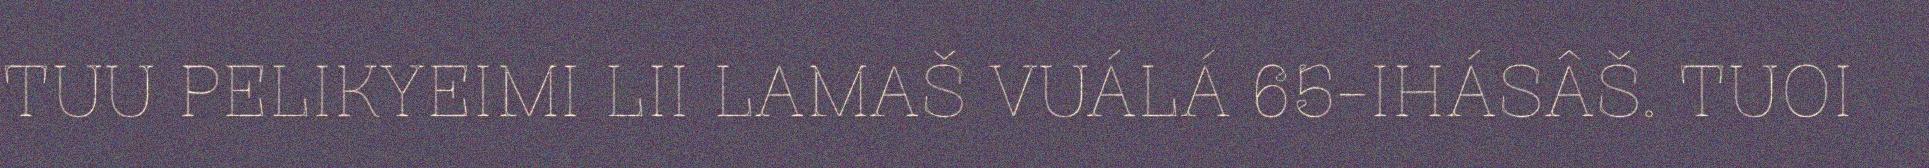
TUU PELIKYEIMI LII LAMAŠ VUÁLÁ 65-IHÁSÂŠ. TUOI